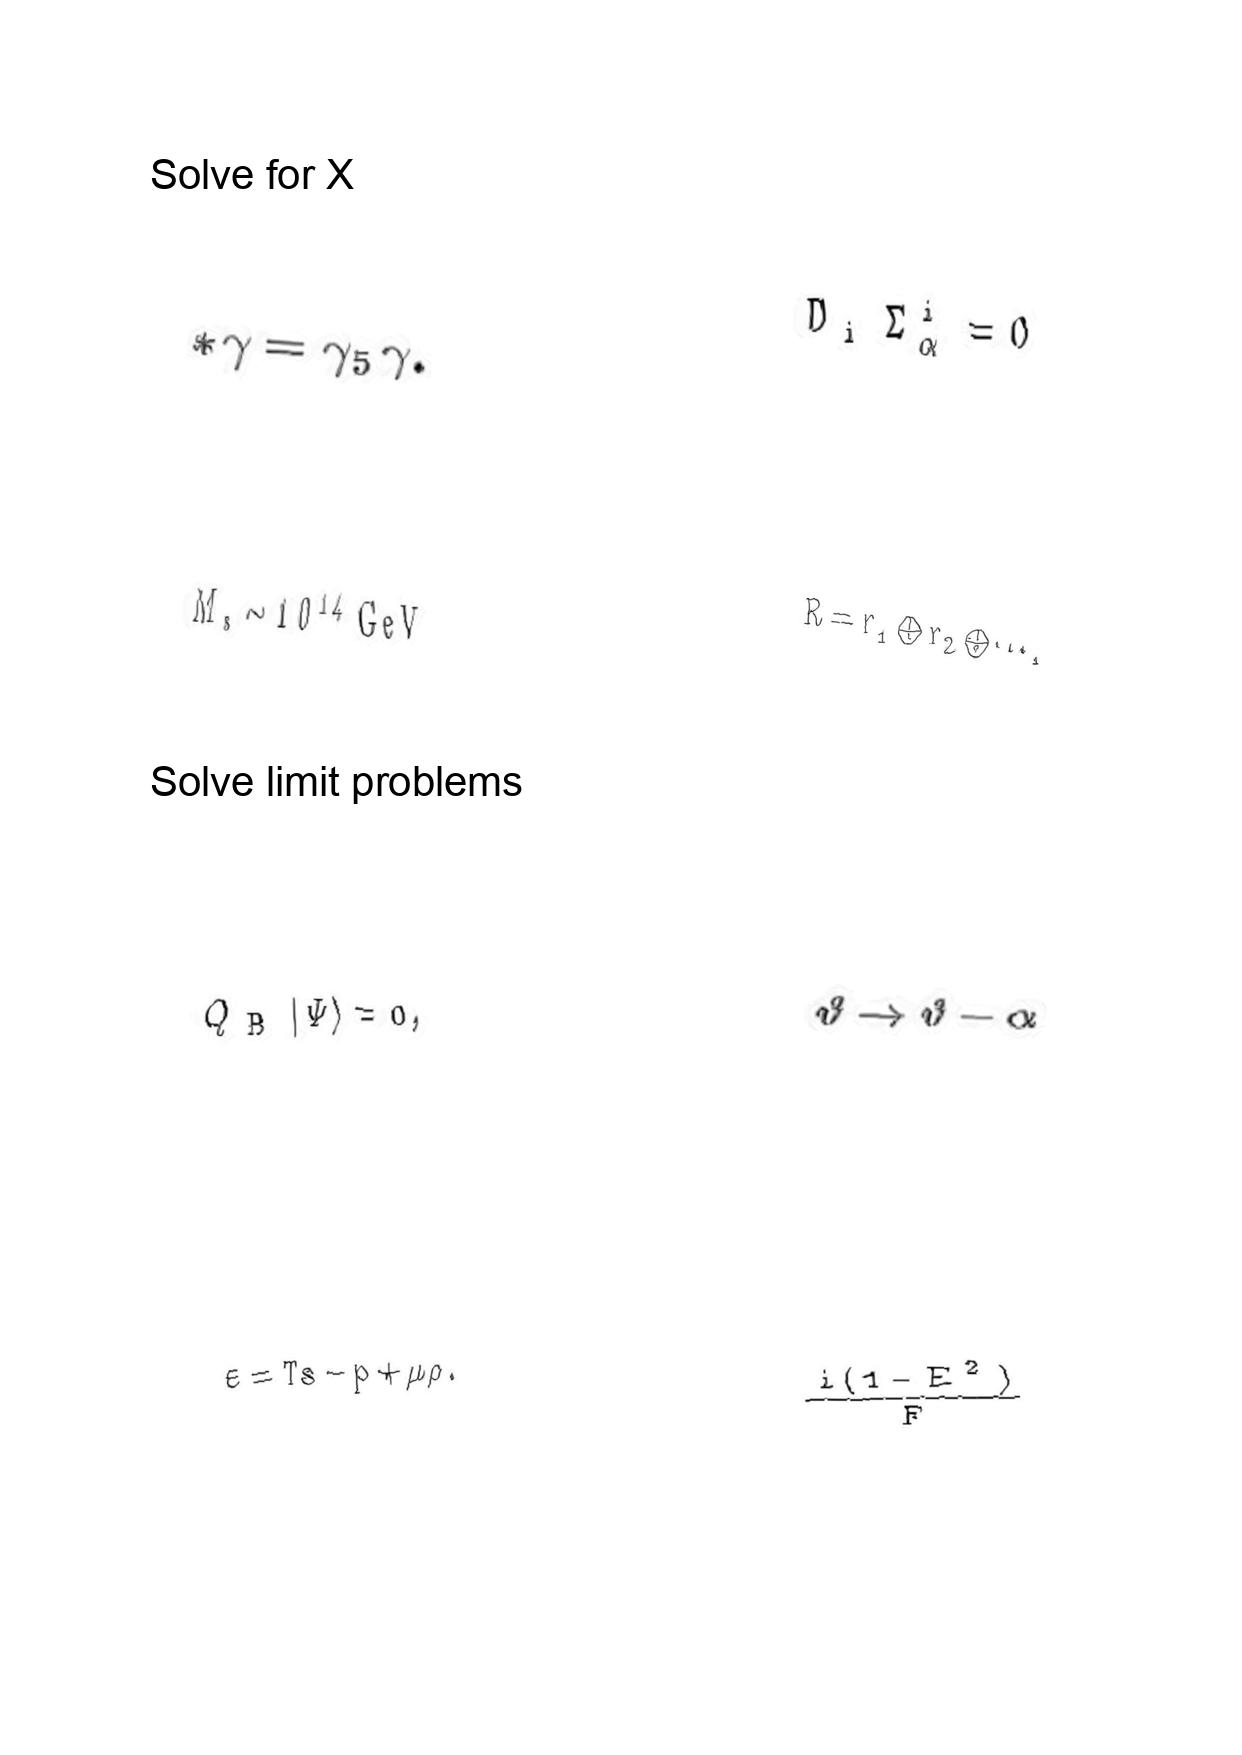
LaTeX transcription:
\ast \gamma = \gamma _ { 5 } \gamma .
M _ { s } \sim 1 0 ^ { 1 4 } \mathrm { G e V }
Q _ { \mathrm { B } } \vert \Psi \rangle = 0 ,
\varepsilon = T s - p + \mu \rho .
D _ { i } \Sigma _ { \alpha } ^ { i } = 0
R = r _ { 1 } \oplus r _ { 2 } \oplus \@cdots ,
\vartheta \rightarrow \vartheta - \alpha
\frac { i \lparen 1 - E ^ { 2 } \rparen } { F }